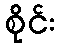
စိုင်း